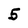
Character: 5